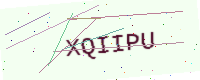
Text: XQIIPU